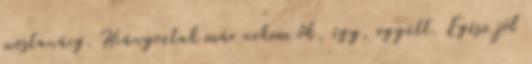
mostanáig. Hiányoztak már nekem ők, így, együtt. Egész jól